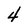
Character: 4